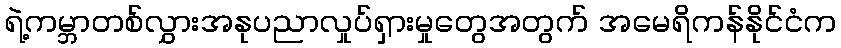
ရဲ့ကမ္ဘာတစ်လွှားအနုပညာလှုပ်ရှားမှုတွေအတွက် အမေရိကန်နိုင်ငံက